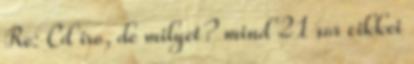
Re: Cd iro, de milyet? mind 21 sor cikkei